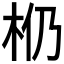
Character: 𰗗